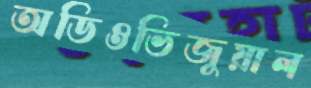
অডিওভিজুয়াল